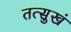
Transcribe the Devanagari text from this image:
तत्सुखं